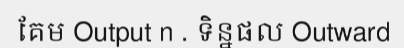
គែម Output n . ទិន្នផល Outward